画像に写った文字を読んでください
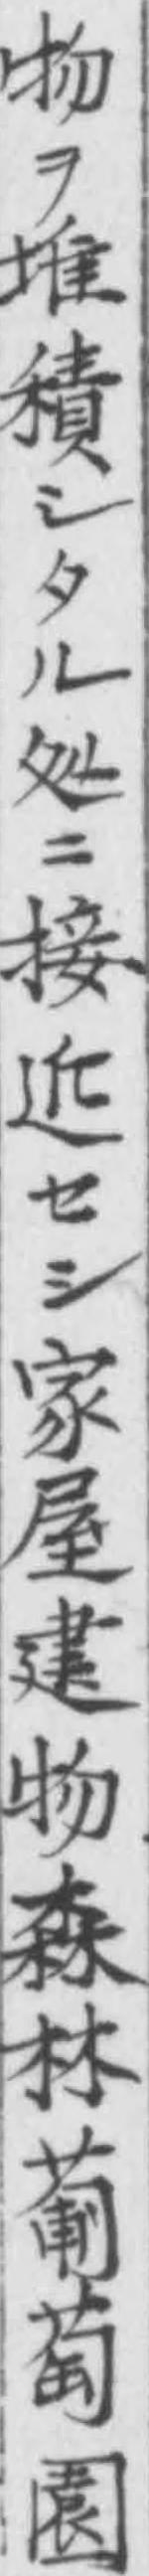
「物ヲ堆積シタル処ニ接近セシ家屋建物森林葡萄園」と書いてあります